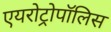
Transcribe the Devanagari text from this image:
एयरोट्रोपॉलिस